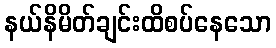
နယ်နိမိတ်ချင်းထိစပ်နေသော